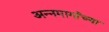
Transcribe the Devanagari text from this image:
अन्नमार्गाच्या